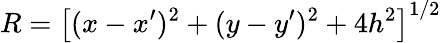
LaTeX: R=\left[(x-x^{\prime})^{2}+(y-y^{\prime})^{2}+4h^{2}\right]^{1/2}